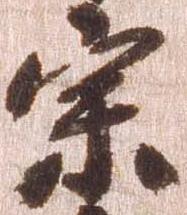
宗